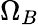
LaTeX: \Omega_{B}